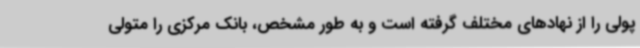
پولی را از نهادهای مختلف گرفته است و به طور مشخص، بانک مرکزی را متولی